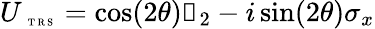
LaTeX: U_{\mathrm{~\tiny~T~R~S~}}=\cos(2\theta)\mathbb{1}_{2}-i\sin(2\theta)\sigma_{x}